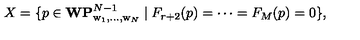
X = \{ p \in { \bf W P } _ { \mathrm { w } _ { 1 } , \ldots , \mathrm { w } _ { N } } ^ { N - 1 } \mid F _ { r + 2 } ( p ) = \cdots = F _ { M } ( p ) = 0 \} ,